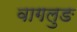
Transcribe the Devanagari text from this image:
वागलुङ